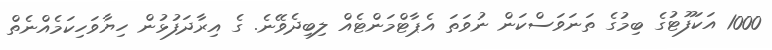
1000 އަކަފޫޓުގެ ބިމުގެ ތަނަވަސްކަން ނުވަތަ އެޕާޓްމަންޓެއް ލިބިދެވޭނެ. ގެ އިރާދަފުޅުން ހިޔާވަހިކަމެއްނެތް